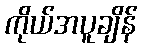
ကိုယ်အပူချိန်